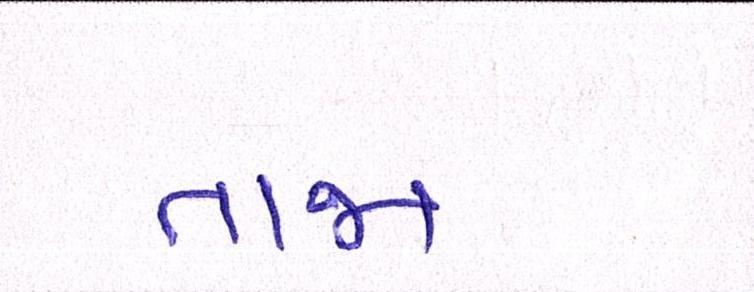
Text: તાજાં